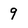
Character: 9